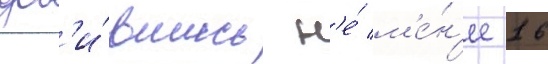
доб'и́вшись н'е́ м'е́н'ее 16